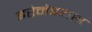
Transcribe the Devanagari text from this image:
इरेनेइयस